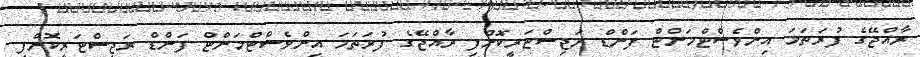
ރާއްޖޭގެ ފުރަތަމަ އިންވެސްޓްމަންޓް ފަންޑް ރަޖިސްޓަރީކޮށްފި ރާއްޖޭގެ ފުރަތަމަ އިންވެސްޓްމަންޓް ފަންޑް ރަޖިސްޓަރީކޮށްފި